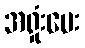
အရှုံးပေး